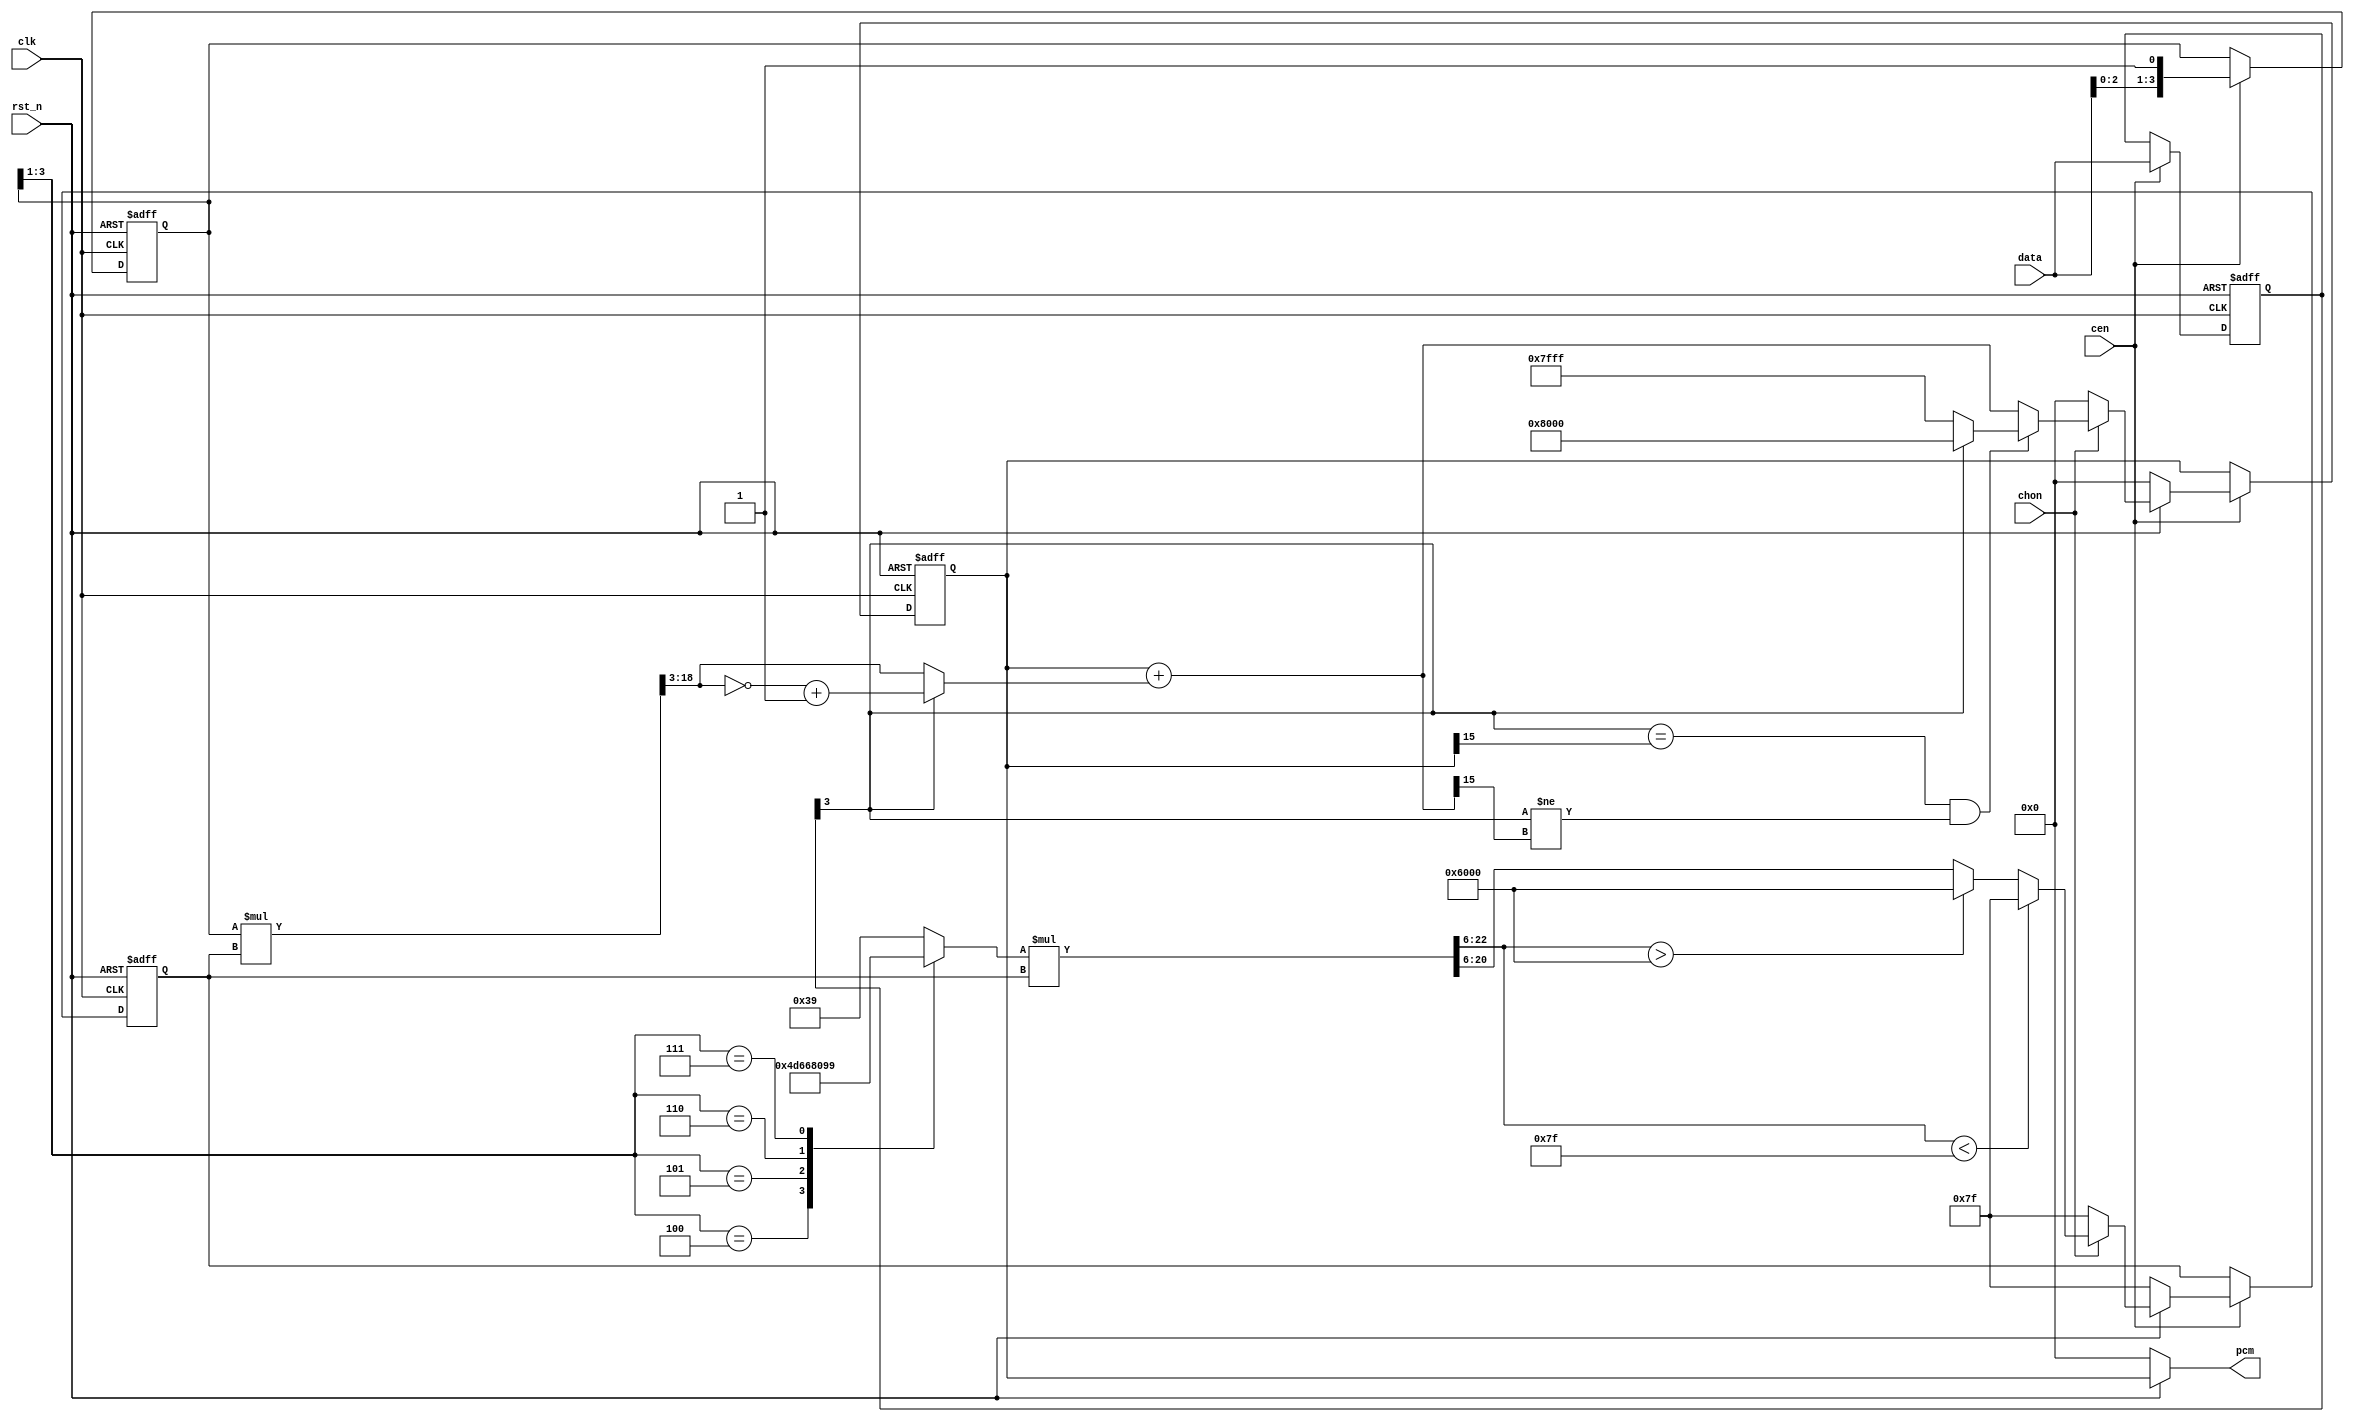
module jt10_adpcm_comb(
    input           rst_n,
    input           clk,        // CPU clock
    input           cen,        // optional clock enable, if not needed leave as 1'b1
    input   [3:0]   data,
    input           chon,       // high if this channel is on
    output signed [15:0] pcm
);

localparam stepw = 15;

reg signed [15:0] x1, x2, x3, x4, x5, x6;
reg [stepw-1:0] step1, step2, step6;
reg [stepw+1:0] step3, step4, step5;
assign pcm = x2;

reg  [18:0] d2l;
reg  [15:0] d3,d4;
reg  [3:0]  d1,d2;
reg         sign2, sign3, sign4, sign5;
reg  [7:0]  step_val;
reg  [22:0] step2l;

// Original pipeline: 6 stages, 6 channels take 36 clock cycles
// 8 MHz -> /12 divider -> 666 kHz
// 666 kHz -> 18.5 kHz = 55.5/3 kHz

reg chon2, chon3, chon4, chon5;
reg signEqu4, signEqu5;
reg [3:0] data1,data2;

always @( * )
    if( ! rst_n ) begin
        x2 = 'd0; step2 = 'd127;
        x3 = 'd0; step3 = 'd127;
        x4 = 'd0; step4 = 'd127;
        x5 = 'd0; step5 = 'd127;
        x6 = 'd0; step6 = 'd127;
        d2 = 'd0; d3 = 'd0; d4 = 'd0;
        sign2 = 'b0;
        sign3 = 'b0;
        sign4 = 'b0; sign5 = 'b0;
        chon2 = 'b0;   chon3 = 'b0;   chon4 = 'b0; chon5 = 1'b0;
    end else begin
        // I
        d2        = d1;
        sign2     = data1[3];
        data2     = data1;
        x2        = x1;
        step2     = step1;
        chon2     = chon;
        // II multiply and obtain the offset
        casez( d2[3:1] )
            3'b0_??: step_val = 8'd57;
            3'b1_00: step_val = 8'd77;
            3'b1_01: step_val = 8'd102;
            3'b1_10: step_val = 8'd128;
            3'b1_11: step_val = 8'd153;
        endcase // data[2:0]
        d2l    = d2 * step2; // 4 + 15 = 19 bits -> div by 8 -> 16 bits
        step2l = step_val * step2; // 15 bits + 8 bits = 23 bits -> div 64 -> 17 bits
        d3        = d2l[18:3]; // 16 bits
        sign3     = sign2;
        x3        = x2;
        step3     = step2l[22:6];
        chon3     = chon2;
        // III 2's complement of d3 if necessary
        d4        = sign3 ? ~d3+16'b1 : d3;
        sign4     = sign3;
        signEqu4  = sign3 == x3[15];
        x4        = x3;
        step4     = step3;
        chon4     = chon3;
        // IV   Advance the waveform
        x5        = x4+d4;
        sign5     = sign4;
        signEqu5  = signEqu4;
        step5     = step4;
        chon5     = chon4;
        // V: limit or reset outputs
        if( chon5 ) begin
            if( signEqu5 && (sign5!=x5[15]) )
                x6 = sign5 ? 16'h8000 : 16'h7FFF;
            else
                x6 = x5;

            if( step5 < 127 )
                step6  = 15'd127;
            else if( step5 > 24576 )
                step6  = 15'd24576;
            else
                step6 = step5[14:0];
        end else begin
            x6      = 'd0;
            step6   = 'd127;
        end
    end

always @(posedge clk or negedge rst_n) 
    if( ! rst_n ) begin
        x1 <= 'd0; step1 <= 'd127; 
        d1 <= 'd0; data1 <= 'd0;
    end else if(cen) begin
        // VI: close the loop
        d1    <= {data[2:0],1'b1};
        x1    <= x6;
        step1 <= step6;
        data1 <= data;
    end

endmodule